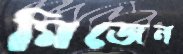
মিজেন